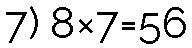
7) 8×7=56